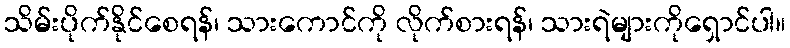
သိမ်းပိုက်နိုင်စေရန်၊ သားကောင်ကို လိုက်စားရန်၊ သားရဲများကိုရှောင်ပါ။